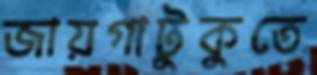
জায়গাটুকুতে